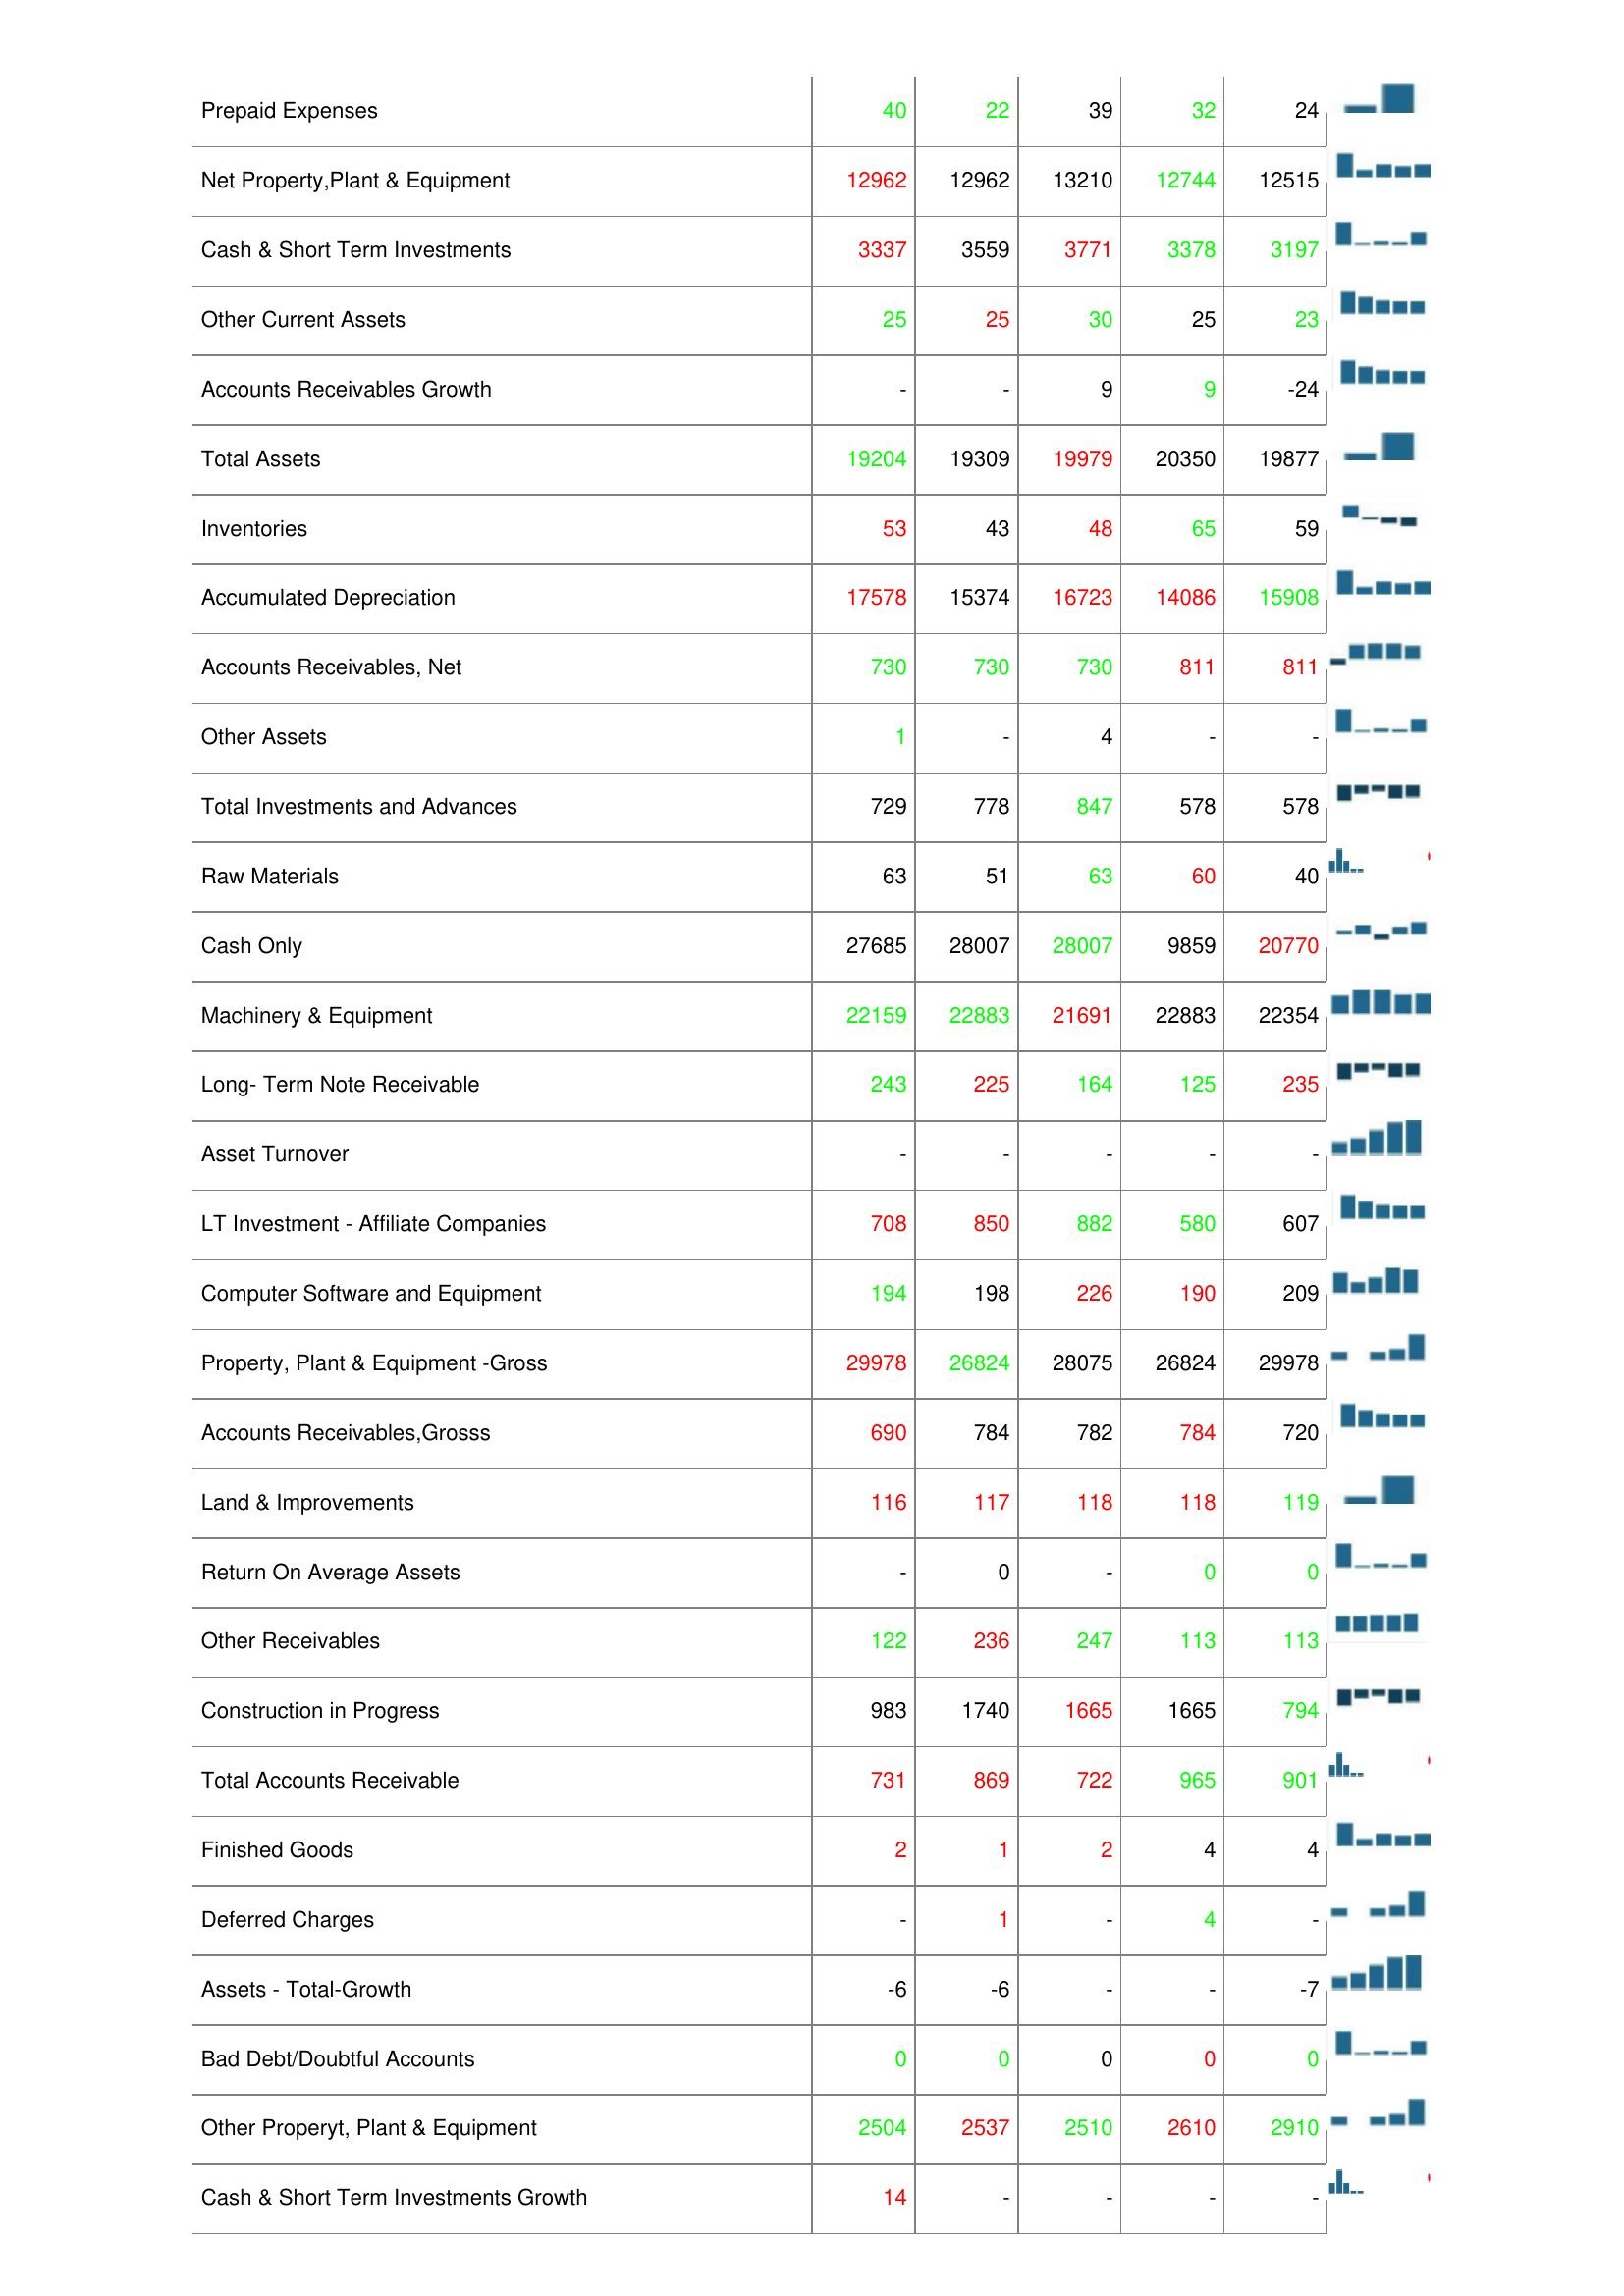
2019: Assets: Accounts Receivable Turnover: 5.73
Transportation Equipment: 31
Leases: 1632
Cash & ST Investments / Total Assets: 16.84%
Total Current Assets: 4730
Prepaid Expenses: 40
Net Property,Plant & Equipment: 12962
Cash & Short Term Investments: 3337
Other Current Assets: 25
Accounts Receivables Growth: -
Total Assets: 19204
Inventories: 53
Accumulated Depreciation: 17578
Accounts Receivables, Net: 730
Other Assets: 1
Total Investments and Advances: 729
Raw Materials: 63
Cash Only: 27685
Machinery & Equipment: 22159
Long- Term Note Receivable: 243
Asset Turnover: -
LT Investment - Affiliate Companies: 708
Computer Software and Equipment: 194
Property, Plant & Equipment -Gross: 29978
Accounts Receivables,Grosss: 690
Land & Improvements: 116
Return On Average Assets: -
Other Receivables: 122
Construction in Progress: 983
Total Accounts Receivable: 731
Finished Goods: 2
Deferred Charges: -
Assets - Total-Growth: -6
Bad Debt/Doubtful Accounts: 0
Other Properyt, Plant & Equipment: 2504
Cash & Short Term Investments Growth: 14
2020: Assets: Accounts Receivable Turnover: 6.08
Transportation Equipment: 29
Leases: 1784
Cash & ST Investments / Total Assets: 17.52%
Total Current Assets: 4762
Prepaid Expenses: 22
Net Property,Plant & Equipment: 12962
Cash & Short Term Investments: 3559
Other Current Assets: 25
Accounts Receivables Growth: -
Total Assets: 19309
Inventories: 43
Accumulated Depreciation: 15374
Accounts Receivables, Net: 730
Other Assets: -
Total Investments and Advances: 778
Raw Materials: 51
Cash Only: 28007
Machinery & Equipment: 22883
Long- Term Note Receivable: 225
Asset Turnover: -
LT Investment - Affiliate Companies: 850
Computer Software and Equipment: 198
Property, Plant & Equipment -Gross: 26824
Accounts Receivables,Grosss: 784
Land & Improvements: 117
Return On Average Assets: 0
Other Receivables: 236
Construction in Progress: 1740
Total Accounts Receivable: 869
Finished Goods: 1
Deferred Charges: 1
Assets - Total-Growth: -6
Bad Debt/Doubtful Accounts: 0
Other Properyt, Plant & Equipment: 2537
Cash & Short Term Investments Growth: -
2021: Assets: Accounts Receivable Turnover: 5.8
Transportation Equipment: 28
Leases: 2242
Cash & ST Investments / Total Assets: 17.04%
Total Current Assets: 4762
Prepaid Expenses: 39
Net Property,Plant & Equipment: 13210
Cash & Short Term Investments: 3771
Other Current Assets: 30
Accounts Receivables Growth: 9
Total Assets: 19979
Inventories: 48
Accumulated Depreciation: 16723
Accounts Receivables, Net: 730
Other Assets: 4
Total Investments and Advances: 847
Raw Materials: 63
Cash Only: 28007
Machinery & Equipment: 21691
Long- Term Note Receivable: 164
Asset Turnover: -
LT Investment - Affiliate Companies: 882
Computer Software and Equipment: 226
Property, Plant & Equipment -Gross: 28075
Accounts Receivables,Grosss: 782
Land & Improvements: 118
Return On Average Assets: -
Other Receivables: 247
Construction in Progress: 1665
Total Accounts Receivable: 722
Finished Goods: 2
Deferred Charges: -
Assets - Total-Growth: -
Bad Debt/Doubtful Accounts: 0
Other Properyt, Plant & Equipment: 2510
Cash & Short Term Investments Growth: -
2022: Assets: Accounts Receivable Turnover: 6.02
Transportation Equipment: 33
Leases: 2242
Cash & ST Investments / Total Assets: 16.84%
Total Current Assets: 4355
Prepaid Expenses: 32
Net Property,Plant & Equipment: 12744
Cash & Short Term Investments: 3378
Other Current Assets: 25
Accounts Receivables Growth: 9
Total Assets: 20350
Inventories: 65
Accumulated Depreciation: 14086
Accounts Receivables, Net: 811
Other Assets: -
Total Investments and Advances: 578
Raw Materials: 60
Cash Only: 9859
Machinery & Equipment: 22883
Long- Term Note Receivable: 125
Asset Turnover: -
LT Investment - Affiliate Companies: 580
Computer Software and Equipment: 190
Property, Plant & Equipment -Gross: 26824
Accounts Receivables,Grosss: 784
Land & Improvements: 118
Return On Average Assets: 0
Other Receivables: 113
Construction in Progress: 1665
Total Accounts Receivable: 965
Finished Goods: 4
Deferred Charges: 4
Assets - Total-Growth: -
Bad Debt/Doubtful Accounts: 0
Other Properyt, Plant & Equipment: 2610
Cash & Short Term Investments Growth: -
2023: Assets: Accounts Receivable Turnover: 5.66
Transportation Equipment: 28
Leases: 682
Cash & ST Investments / Total Assets: 18.37%
Total Current Assets: 4961
Prepaid Expenses: 24
Net Property,Plant & Equipment: 12515
Cash & Short Term Investments: 3197
Other Current Assets: 23
Accounts Receivables Growth: -24
Total Assets: 19877
Inventories: 59
Accumulated Depreciation: 15908
Accounts Receivables, Net: 811
Other Assets: -
Total Investments and Advances: 578
Raw Materials: 40
Cash Only: 20770
Machinery & Equipment: 22354
Long- Term Note Receivable: 235
Asset Turnover: -
LT Investment - Affiliate Companies: 607
Computer Software and Equipment: 209
Property, Plant & Equipment -Gross: 29978
Accounts Receivables,Grosss: 720
Land & Improvements: 119
Return On Average Assets: 0
Other Receivables: 113
Construction in Progress: 794
Total Accounts Receivable: 901
Finished Goods: 4
Deferred Charges: -
Assets - Total-Growth: -7
Bad Debt/Doubtful Accounts: 0
Other Properyt, Plant & Equipment: 2910
Cash & Short Term Investments Growth: -